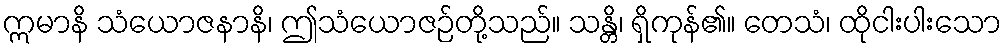
ဣမာနိ သံယောဇနာနိ၊ ဤသံယောဇဉ်တို့သည်။ သန္တိ၊ ရှိကုန်၏။ တေသံ၊ ထိုငါးပါးသော